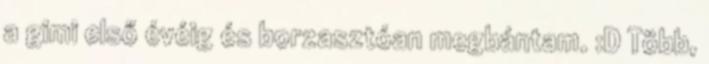
a gimi első évéig és borzasztóan megbántam. :D Több,